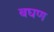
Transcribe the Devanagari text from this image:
बघण